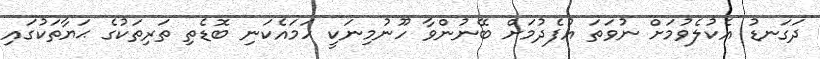
ދަގަނޑު އެކުލެވުމަށް ނުވަތަ އުފެދުމަށް ބޭނުންވާ ހޫނުމިނަކީ ހަމައެކަނި ބޮޑެތި ތަރިތަކުގެ ޙަޔާތަކުގައި